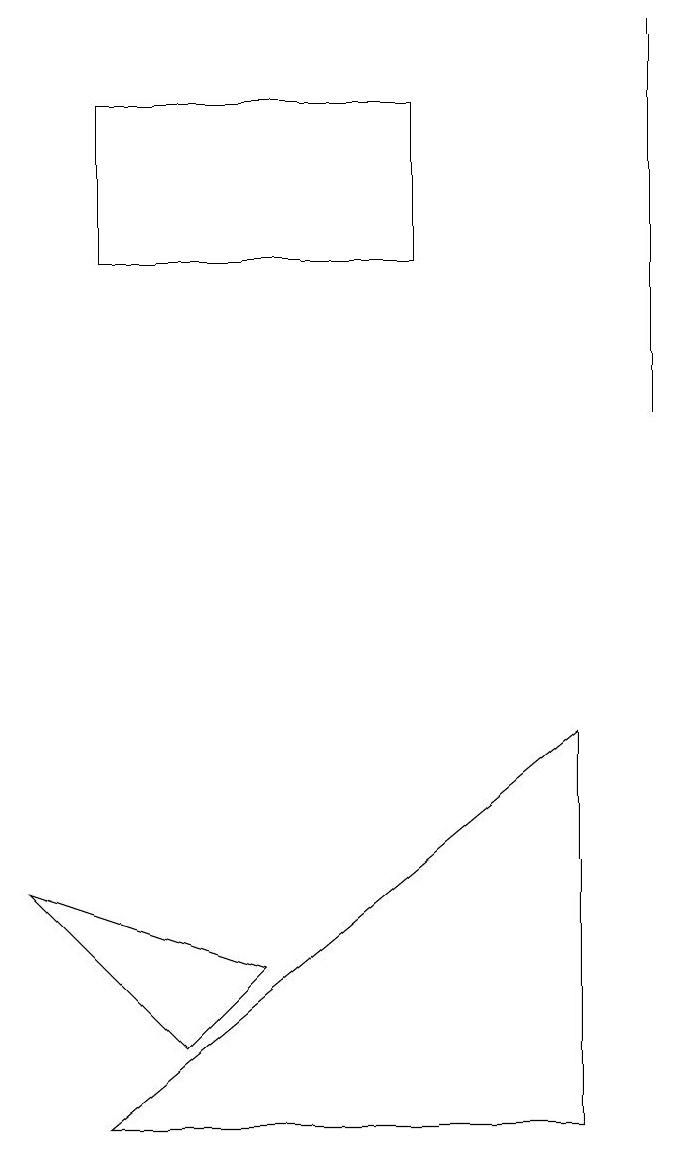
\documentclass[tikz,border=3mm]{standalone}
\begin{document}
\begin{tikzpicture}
\draw (5,15) rectangle (1,13);
\draw (0,5) -- (3,4) -- (2,3) -- cycle;
\draw (8,16) rectangle (8,11);
\draw (1,2) -- (7,2) -- (7,7) -- cycle;
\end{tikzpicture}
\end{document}